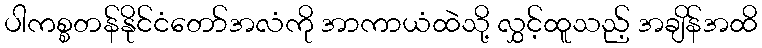
ပါကစ္စတန်နိုင်ငံတော်အလံကို အာကာယံထဲသို့ လွှင့်ထူသည့် အချိန်အထိ